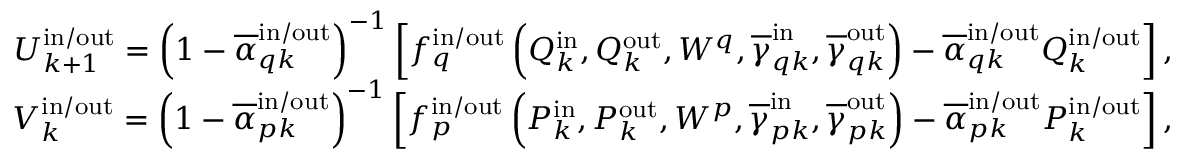
\begin{array} { r } { U _ { k + 1 } ^ { \mathrm { i n } / \mathrm { o u t } } = \left( 1 - \overline { { \alpha } } _ { q k } ^ { \mathrm { i n } / \mathrm { o u t } } \right) ^ { - 1 } \left[ f _ { q } ^ { \mathrm { i n } / \mathrm { o u t } } \left( Q _ { k } ^ { \mathrm { i n } } , Q _ { k } ^ { \mathrm { o u t } } , W ^ { q } , \overline { { \gamma } } _ { q k } ^ { \mathrm { i n } } , \overline { { \gamma } } _ { q k } ^ { \mathrm { o u t } } \right) - \overline { { \alpha } } _ { q k } ^ { \mathrm { i n } / \mathrm { o u t } } Q _ { k } ^ { \mathrm { i n } / \mathrm { o u t } } \right] , } \\ { V _ { k } ^ { \mathrm { i n } / \mathrm { o u t } } = \left( 1 - \overline { { \alpha } } _ { p k } ^ { \mathrm { i n } / \mathrm { o u t } } \right) ^ { - 1 } \left[ f _ { p } ^ { \mathrm { i n } / \mathrm { o u t } } \left( P _ { k } ^ { \mathrm { i n } } , P _ { k } ^ { \mathrm { o u t } } , W ^ { p } , \overline { { \gamma } } _ { p k } ^ { \mathrm { i n } } , \overline { { \gamma } } _ { p k } ^ { \mathrm { o u t } } \right) - \overline { { \alpha } } _ { p k } ^ { \mathrm { i n } / \mathrm { o u t } } P _ { k } ^ { \mathrm { i n } / \mathrm { o u t } } \right] , } \end{array}